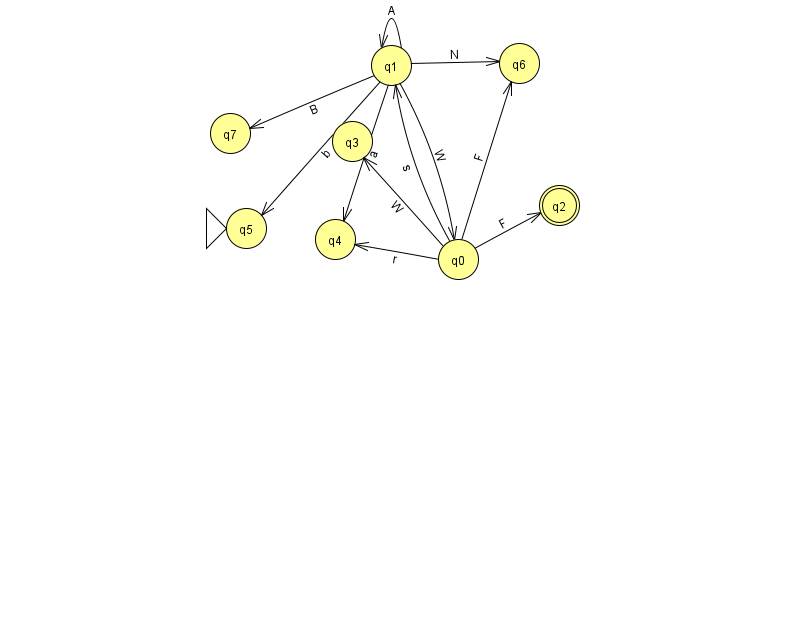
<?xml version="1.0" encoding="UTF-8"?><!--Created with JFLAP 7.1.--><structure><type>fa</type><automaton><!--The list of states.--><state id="0" name="q0"><x>458.0</x><y>246.0</y></state><state id="1" name="q1"><x>391.0</x><y>52.0</y></state><state id="2" name="q2"><x>559.0</x><y>192.0</y><final/></state><state id="3" name="q3"><x>352.0</x><y>128.0</y></state><state id="4" name="q4"><x>335.0</x><y>226.0</y></state><state id="5" name="q5"><x>246.0</x><y>215.0</y><initial/></state><state id="6" name="q6"><x>519.0</x><y>50.0</y></state><state id="7" name="q7"><x>230.0</x><y>120.0</y></state><!--The list of transitions.--><transition><from>1</from><to>1</to><read>A</read></transition><transition><from>1</from><to>4</to><read>a</read></transition><transition><from>0</from><to>3</to><read>W</read></transition><transition><from>1</from><to>7</to><read>B</read></transition><transition><from>1</from><to>6</to><read>N</read></transition><transition><from>1</from><to>0</to><read>W</read></transition><transition><from>0</from><to>2</to><read>F</read></transition><transition><from>0</from><to>6</to><read>F</read></transition><transition><from>0</from><to>4</to><read>r</read></transition><transition><from>1</from><to>5</to><read>b</read></transition><transition><from>0</from><to>1</to><read>s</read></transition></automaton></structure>